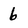
Character: 6